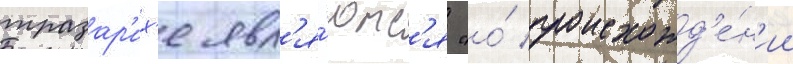
тразар'их'е явл'я́ютс'я "о́ происхожд'е́н'ии